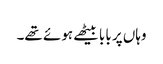
وہاں پر بابا بیٹھے ہوئے تھے۔